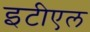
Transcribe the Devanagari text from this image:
इटीएल